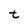
Character: t